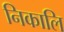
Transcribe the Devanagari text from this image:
निकालि